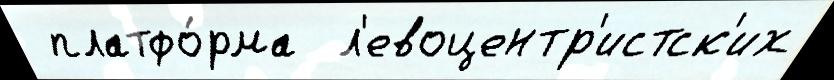
 платфо́рма  л'евоцентр'истск'их